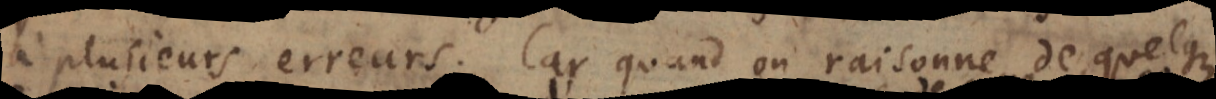
à plusieurs erreurs. Car quand on raisonne de quelque